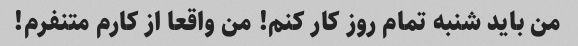
من باید شنبه تمام روز کار کنم! من واقعا از کارم متنفرم!